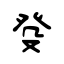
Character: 癹